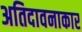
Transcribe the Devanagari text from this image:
अतिदावनाकार